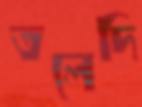
তলেদি